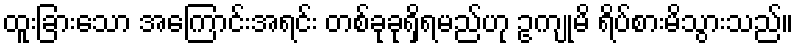
ထူးခြားသော အကြောင်းအရင်း တစ်ခုခုရှိရမည်ဟု ဥကျုမိ ရိပ်စားမိသွားသည်။